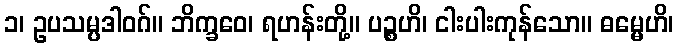
၁၊ ဥပသမ္ပဒါဝဂ်။ ဘိက္ခဝေ၊ ရဟန်းတို့။ ပဉ္စဟိ၊ ငါးပါးကုန်သော။ ဓမ္မေဟိ၊